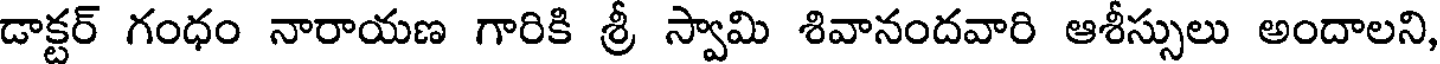
డాక్టర్ గంధం నారాయణ గారికి శ్రీ స్వామి శివానందవారి ఆశీస్సులు అందాలని,